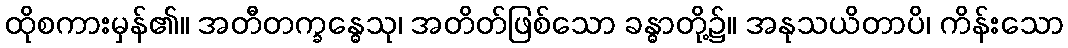
ထိုစကားမှန်၏။ အတီတက္ခန္ဓေသု၊ အတိတ်ဖြစ်သော ခန္ဓာတို့၌။ အနုသယိတာပိ၊ ကိန်းသော